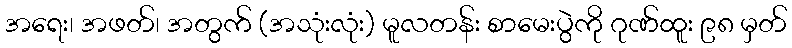
အရေး၊ အဖတ်၊ အတွက် (အသုံးလုံး) မူလတန်း စာမေးပွဲကို ဂုဏ်ထူး ၉၈ မှတ်